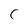
Character: C